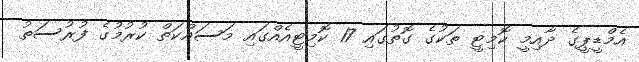
އެމްޑީޕީގެ ދާއިމީ ކޮމިޓީ ތަކުގެ ގޮތުގައި 17 ކޮމިޓީއެއްގައި މަސައްކަތް ކުރުމުގެ ފުރުސަތު